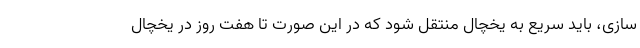
سازی، باید سریع به یخچال منتقل شود که در این صورت تا هفت روز در یخچال